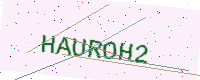
Text: HAUROH2